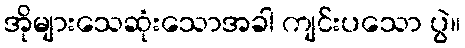
အိုများသေဆုံးသောအခါ ကျင်းပသော ပွဲ။